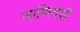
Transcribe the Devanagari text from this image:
जाणिवेची